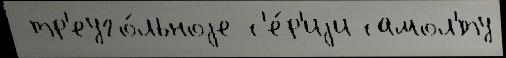
 тр'еуго́льноjе с'е́р'иjи самол'́ту